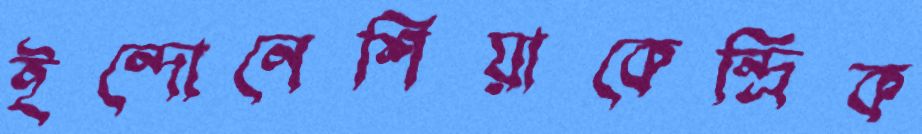
ইন্দোনেশিয়াকেন্দ্রিক